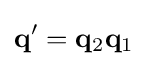
\mathbf {q} '=\mathbf {q} _{2}\mathbf {q} _{1}